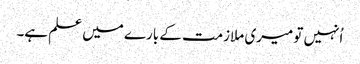
اُنہیں تو میری ملازمت کے بارے میں علم ہے۔